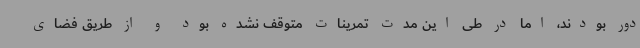
دور بودند، اما در طی این مدت تمرینات متوقف نشده بود و از طریق فضای